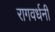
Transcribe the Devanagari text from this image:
रागवर्धनी